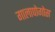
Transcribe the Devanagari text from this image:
गालापोगोस